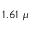
1 . 6 1 ~ \mu